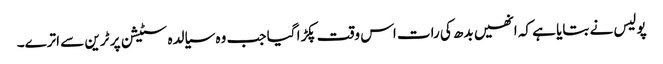
پولیس نے بتایا ہے کہ انھیں بدھ کی رات اس وقت پکڑا گیا جب وہ سیالدہ سٹیشن پر ٹرین سے اترے۔